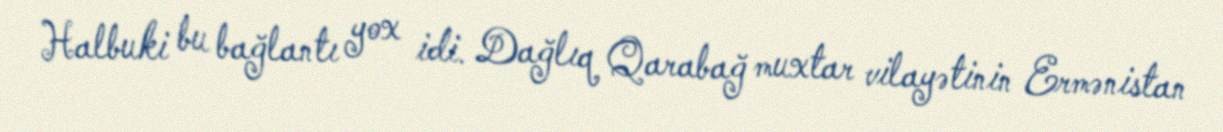
Halbuki bu bağlantı yox idi. Dağlıq Qarabağ muxtar vilayətinin Ermənistan